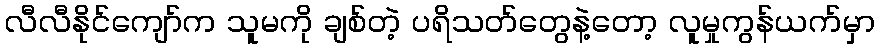
လီလီနိုင်ကျော်က သူမကို ချစ်တဲ့ ပရိသတ်တွေနဲ့တော့ လူမှုကွန်ယက်မှာ